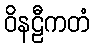
ဝိနဠီကတံ